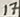
Text: 17